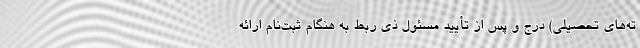
ته‌های تحصیلی) درج و پس از تأیید مسئول ذی ربط به هنگام ثبت‌نام ارائه